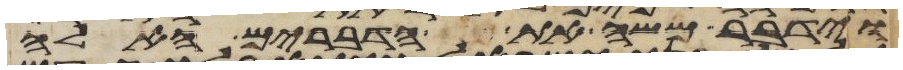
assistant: וידבר משה את הדברים האלה